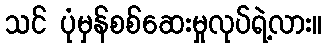
သင် ပုံမှန်စစ်ဆေးမှုလုပ်ရဲ့လား။